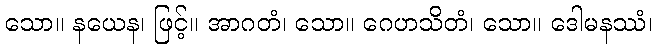
သော။ နယေန၊ ဖြင့်။ အာဂတံ၊ သော။ ဂေဟသိတံ၊ သော။ ဒေါမနဿံ၊